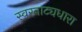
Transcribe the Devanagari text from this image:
स्वरनाट्यधारा